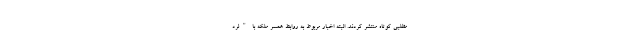
مطلبی کوتاه منتشر کردند. البته اخبار مربوط به روابط همسر ملکه با "لرد